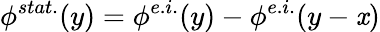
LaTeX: \phi^{stat.}(y)=\phi^{e.i.}(y)-\phi^{e.i.}(y-\mathit{x})